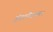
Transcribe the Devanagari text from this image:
इंटरनैजनल